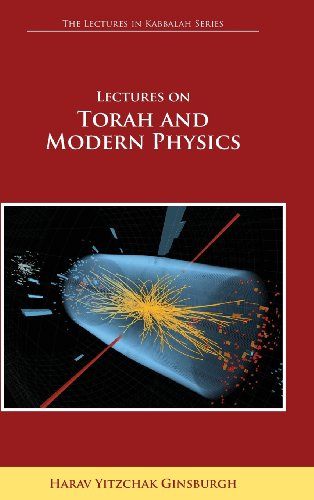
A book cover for Lectures on Torah and Modern Physics (the Lectures in Kabbalah Series); Harav Yitzchak Ginsburgh; Science & Math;